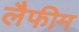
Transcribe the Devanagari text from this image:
लैफीम